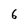
Character: 6